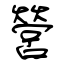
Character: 營